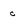
Character: c